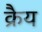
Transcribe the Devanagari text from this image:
क्रैय